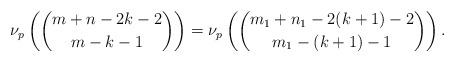
LaTeX: \begin{align*}\nu_p \left( \binom{m+n-2k-2}{m-k-1}\right)=\nu_p \left( \binom{m_1+n_1-2(k+1)-2}{m_1-(k+1)-1} \right).\end{align*}